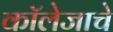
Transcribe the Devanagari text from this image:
कॉलेजाचे